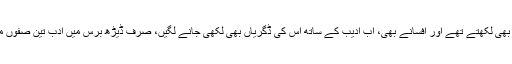
کسی نے فرائڈ پڑھا، بس پھر کیا تھا، کہاں منشی اور مولانا قسم کے لوگ ادیب کہلاتے تھے، جو قبالے بھی لکھتے تھے اور افسانے بھی، اب ادیب کے ساتھ اس کی ڈگریاں بھی لکھی جانے لگیں، صرف ڈیڑھ برس میں ادب تین صفوں میں تقسیم ہو گیا، صف اول کے افسانہ نگار، صف دوئم کے افسانہ نگار، تیسرے درجے کے افسانہ نگار۔